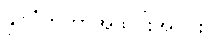
နိုင်ငံတကာအသိုင်းအဝိုင်း